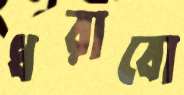
ধরাবো